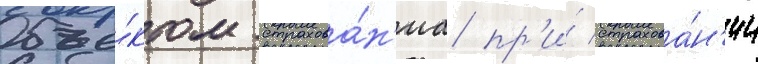
Объе́ктом страхова́н'иа пр'и́ страхова́н'ии